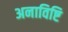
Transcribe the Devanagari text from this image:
अनाविष्टि